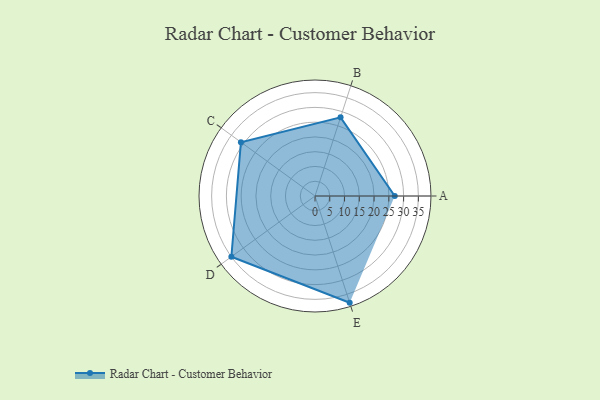
{"axis": {"x": "Skill", "y": "Score"}, "legend": ["Profile"], "data": [{"x": "A", "y": 27.0, "type": "Profile"}, {"x": "B", "y": 28.0, "type": "Profile"}, {"x": "C", "y": 31.0, "type": "Profile"}, {"x": "D", "y": 35.0, "type": "Profile"}, {"x": "E", "y": 38.0, "type": "Profile"}]}